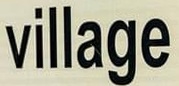
Village